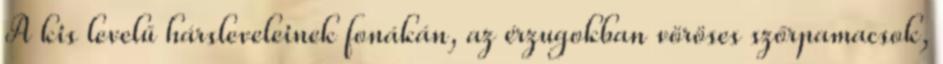
A kis levelű hársleveleinek fonákán, az érzugokban vöröses szőrpamacsok,